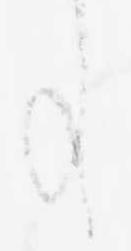
事